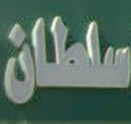
سلطان